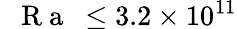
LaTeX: \mathrm{~\textit~{~R~a~}~}\leq 3.2\times 10^{11}